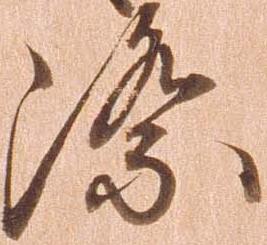
際